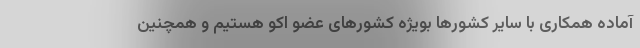
آماده همکاری با سایر کشورها بویژه کشورهای عضو اکو هستیم و همچنین